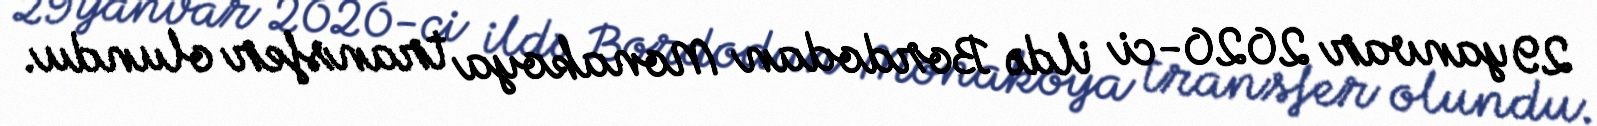
29 yanvar 2020-ci ildə Bordodan Monakoya transfer olundu.